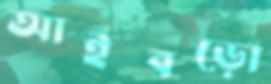
আইবড়ো